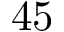
4 5